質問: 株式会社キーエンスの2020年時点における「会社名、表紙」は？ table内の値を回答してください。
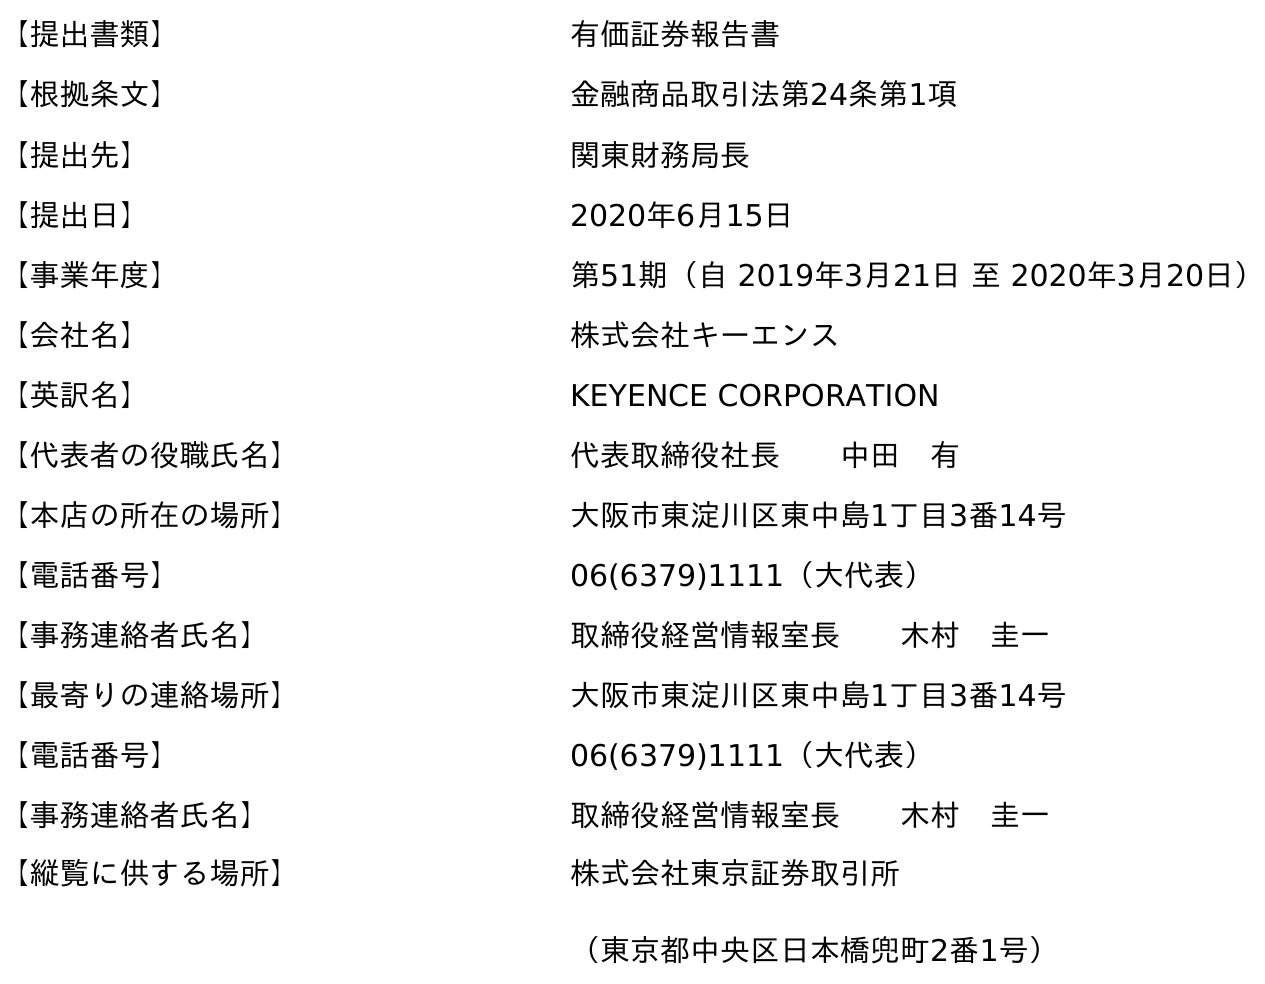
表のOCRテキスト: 【提出書類】 有価証券報告書 【根拠条文】 金融商品取引法第24条第1項 【提出先】 関東財務局長 【提出日】 2020年6月15日 【事業年度】 第51期（自 2019年3月21日 至 2020年3月20日） 【会社名】 株式会社キーエンス 【英訳名】 KEYENCE CORPORATION 【代表者の役職氏名】 代表取締役社長  中田 有 【本店の所在の場所】 大阪市東淀川区東中島1丁目3番14号 【電話番号】 06(6379)1111（大代表） 【事務連絡者氏名】 取締役経営情報室長  木村 圭一 【最寄りの連絡場所】 大阪市東淀川区東中島1丁目3番14号 【電話番号】 06(6379)1111（大代表） 【事務連絡者氏名】 取締役経営情報室長  木村 圭一 【縦覧に供する場所】 株式会社東京証券取引所 （東京都中央区日本橋兜町2番1号）
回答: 株式会社キーエンス